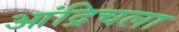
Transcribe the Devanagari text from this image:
आंद्रिचला